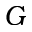
G